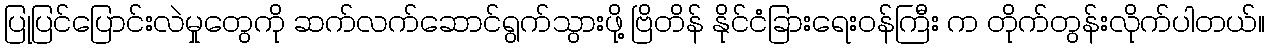
ပြုပြင်ပြောင်းလဲမှုတွေကို ဆက်လက်ဆောင်ရွက်သွားဖို့ ဗြိတိန် နိုင်ငံခြားရေးဝန်ကြီး က တိုက်တွန်းလိုက်ပါတယ်။